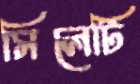
সিলেটি